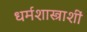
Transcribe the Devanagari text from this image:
धर्मशास्त्राशीं